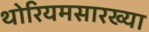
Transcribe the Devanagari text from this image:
थोरियमसारख्या